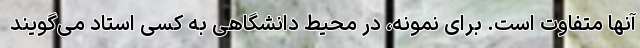
آنها متفاوت است. برای نمونه، در محیط دانشگاهی به کسی استاد می‌گویند